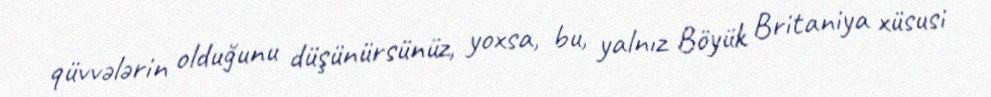
qüvvələrin olduğunu düşünürsünüz, yoxsa, bu, yalnız Böyük Britaniya xüsusi